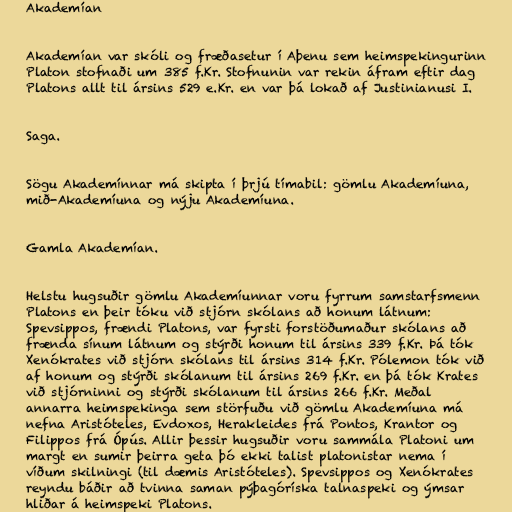
Akademían

Akademían var skóli og fræðasetur í Aþenu sem heimspekingurinn
Platon stofnaði um 385 f.Kr. Stofnunin var rekin áfram eftir dag
Platons allt til ársins 529 e.Kr. en var þá lokað af Justinianusi I.

Saga.

Sögu Akademínnar má skipta í þrjú tímabil: gömlu Akademíuna,
mið-Akademíuna og nýju Akademíuna.

Gamla Akademían.

Helstu hugsuðir gömlu Akademíunnar voru fyrrum samstarfsmenn
Platons en þeir tóku við stjórn skólans að honum látnum:
Spevsippos, frændi Platons, var fyrsti forstöðumaður skólans að
frænda sínum látnum og stýrði honum til ársins 339 f.Kr. Þá tók
Xenókrates við stjórn skólans til ársins 314 f.Kr. Pólemon tók við
af honum og stýrði skólanum til ársins 269 f.Kr. en þá tók Krates
við stjórninni og stýrði skólanum til ársins 266 f.Kr. Meðal
annarra heimspekinga sem störfuðu við gömlu Akademíuna má
nefna Aristóteles, Evdoxos, Herakleides frá Pontos, Krantor og
Filippos frá Ópús. Allir þessir hugsuðir voru sammála Platoni um
margt en sumir þeirra geta þó ekki talist platonistar nema í
víðum skilningi (til dæmis Aristóteles). Spevsippos og Xenókrates
reyndu báðir að tvinna saman pýþagóríska talnaspeki og ýmsar
hliðar á heimspeki Platons.